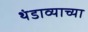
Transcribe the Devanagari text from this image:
थंडाव्याच्या